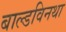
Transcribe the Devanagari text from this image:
बाल्डविनथा